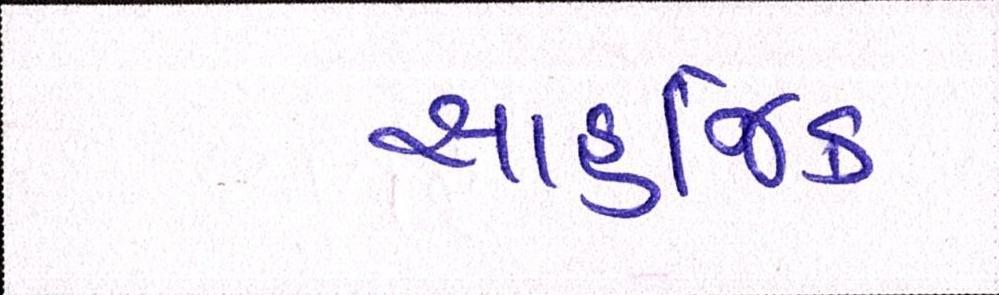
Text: સાહજિક